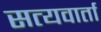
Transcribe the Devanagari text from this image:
सत्यवार्ता